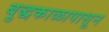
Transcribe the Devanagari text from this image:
बुद्धकाळापासून